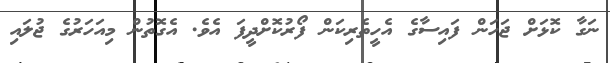
ނަގާ ކޮޅަށް ޖަހަން ފައިސާގެ އެހީތެރިކަން ފޯރުކޮށްދީފަ އެވެ. އެގޮތުން މިއަހަރުގެ ޖުލައި